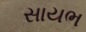
સાયભ